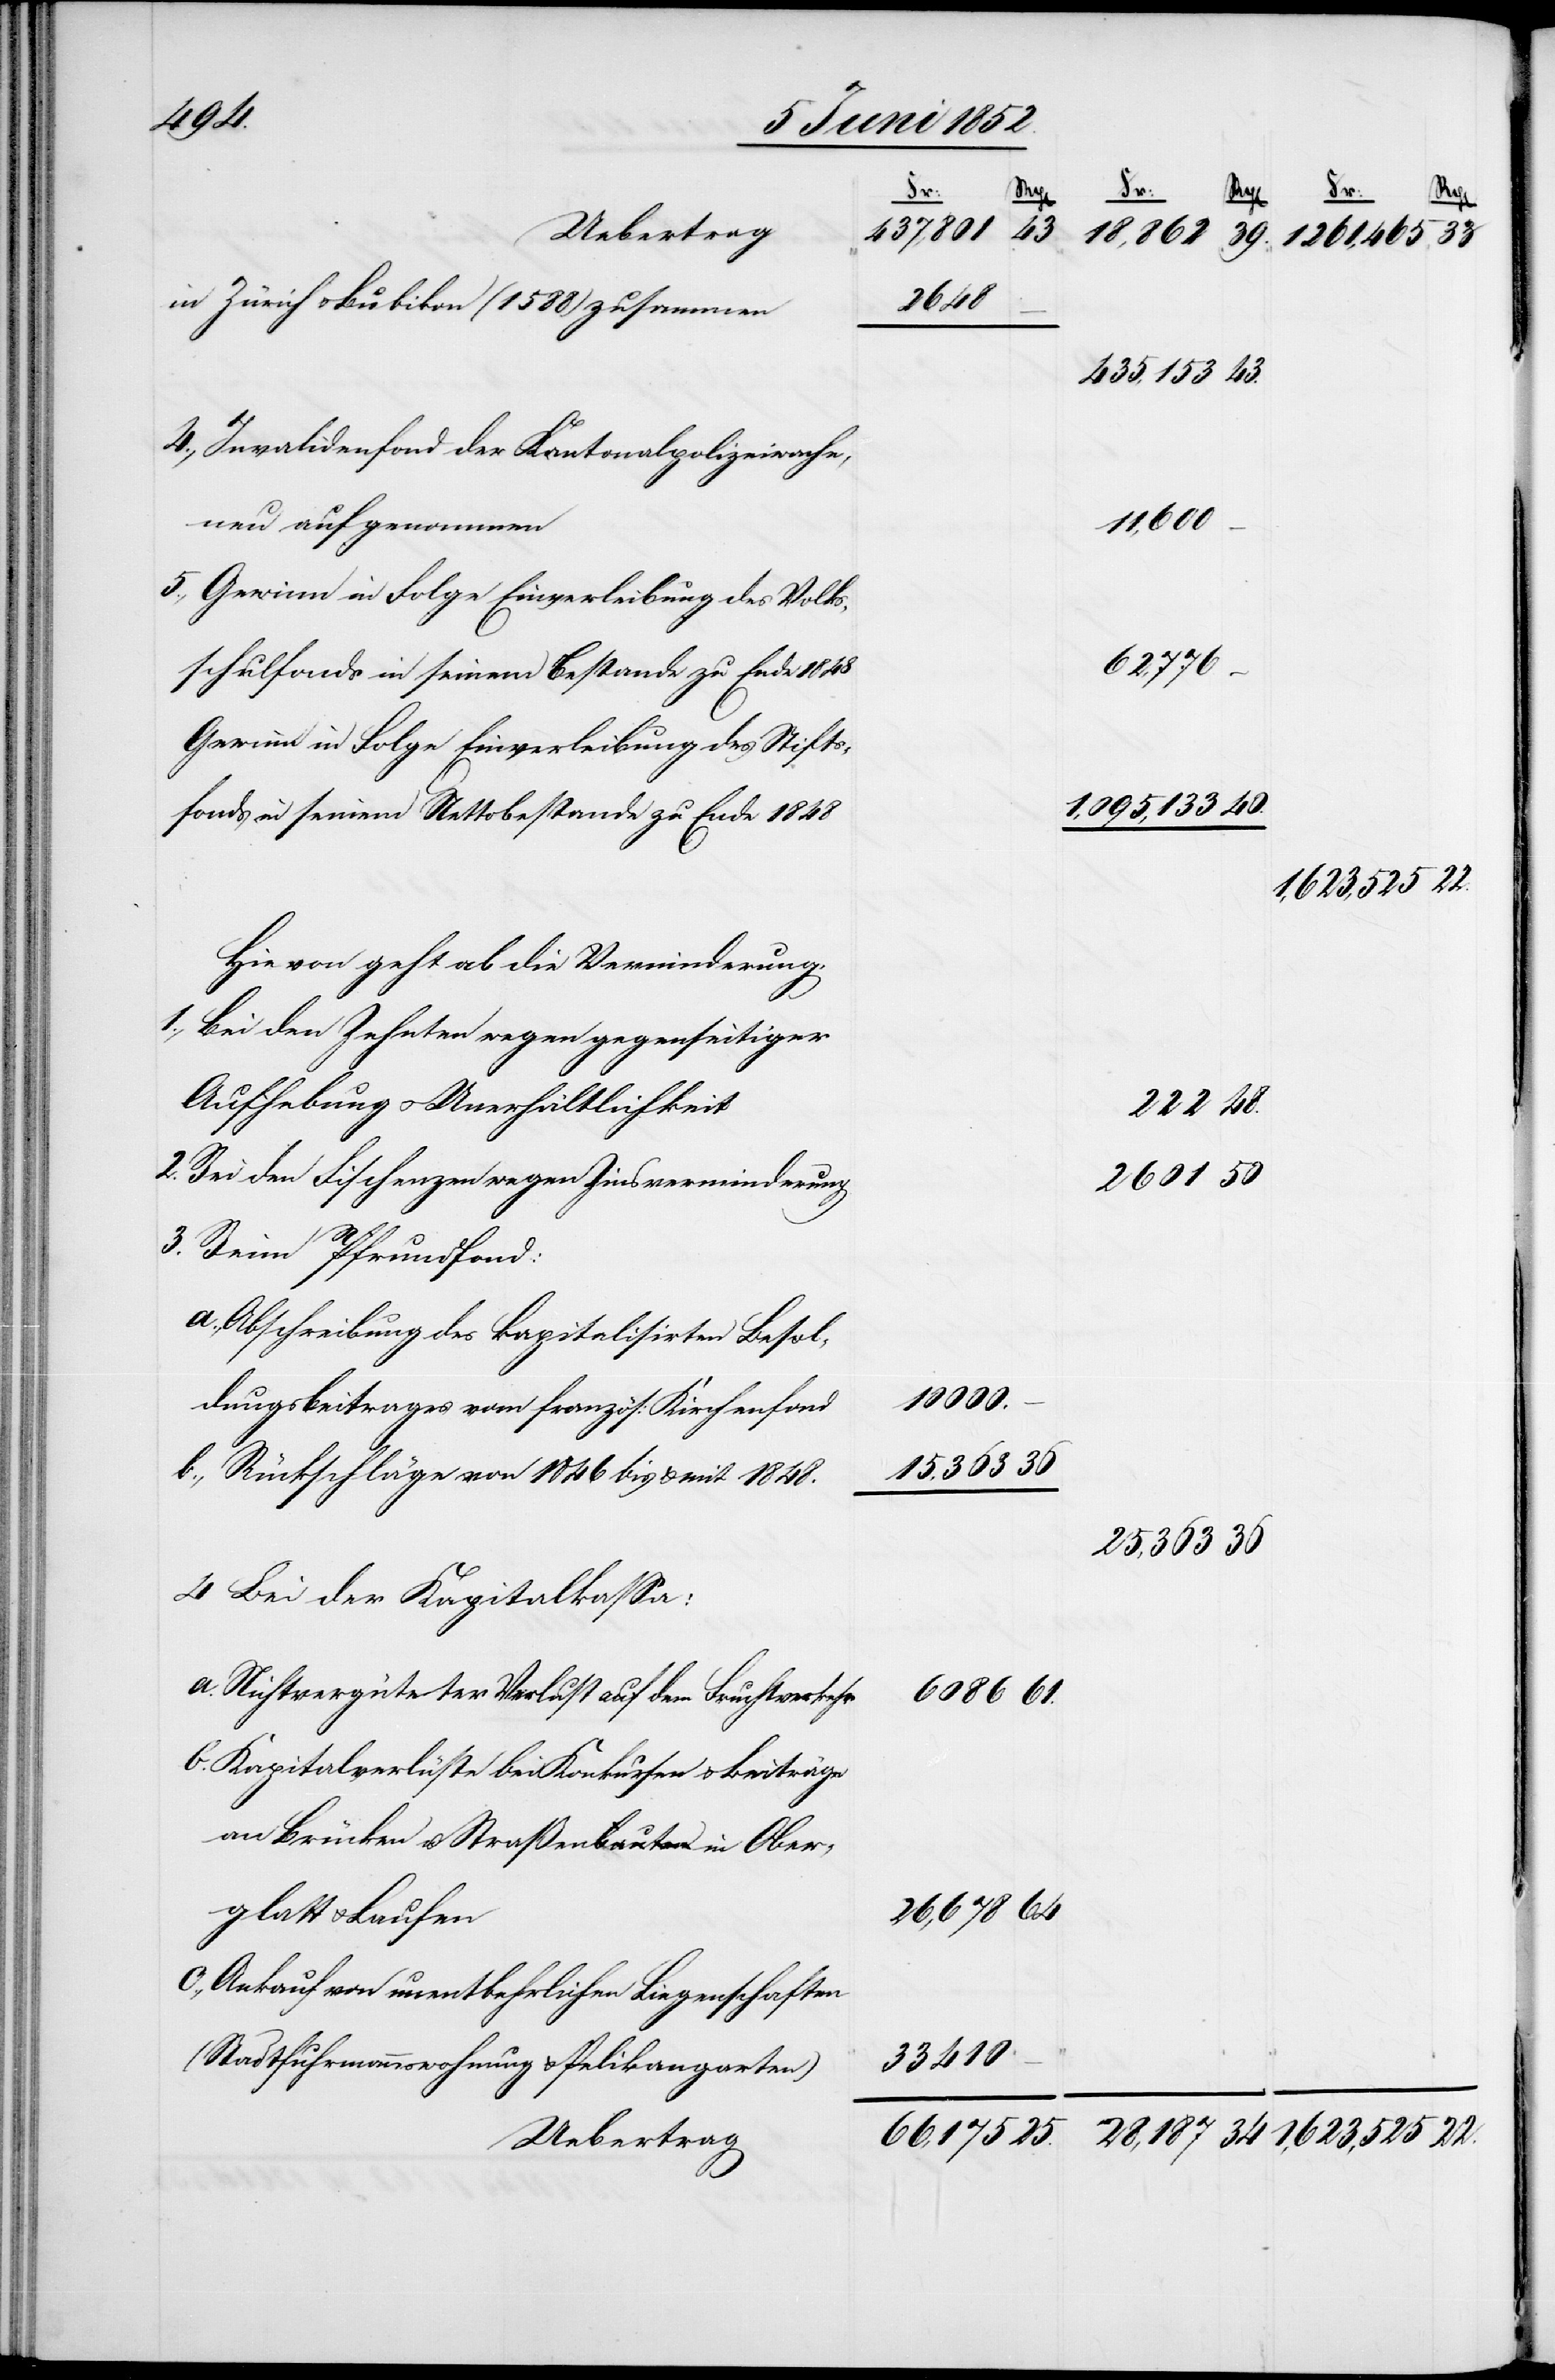
22.
Fr:
28,187
in Zürich & Bubikon (1588) zusammen
4., Invalidenfond der Kantonalpolizeiwache,
11,600
neu aufgenommen
5., Gewinn in Folge Einverleibung des Volks¬
62,776
schulfonds in seinem Bestande zu Ende 1848
Gewinn in Folge Einverleibung des Stifts¬
fonds in seinem Nettobestande zu Ende 1848
Hievon geht ab die Verminderung,
1., Bei den Zehnten wegen gegenseitiger
Aufhebung u. Unerhältlichkeit
2. Bei den Fischenzen wegen Zinsverminderung
2601
3. Beim Pfrundfond:
a., Abschreibung des kapitalisirten Besol¬
25,363
dungsbeitrages vom französ: Kirchenfond
b., Rückschläge von 1846 bis & mit 1848.
4. Bei der Kapitalkassa:
a. Nichtvergüteter Verlust auf dem Fruchtverkehr
6086
b. Kapitalverlüste bei Konkursen & Beiträge
an Brücken u. Straßenbauten in Ober¬
glatt & Laufen
26,678
c., Ankauf von unentbehrlichen Liegenschaften
33 410
(Stadtfuhrmannswohnung & Pelikangarten)
Uebertrag